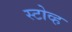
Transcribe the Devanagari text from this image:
स्टोव्ह